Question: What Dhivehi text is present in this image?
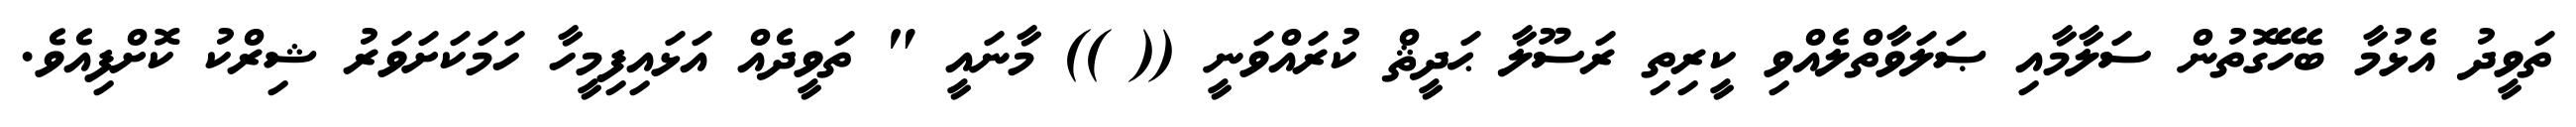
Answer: ތަވީދު އެޅުމާ ބެހޭގޮތުން ސަލާމާއި ޞަލަވާތްލެއްވި ކީރިތި ރަސޫލާ ޙަދީޘް ކުރައްވަނީ (( )) މާނައީ " ތަވީދެއް އަޅައިފިމީހާ ހަމަކަށަވަރު ޝިރްކު ކޮށްފިއެވެ.